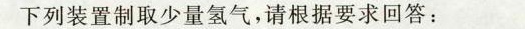
下列装置制取少量氢气，请根据要求回答：